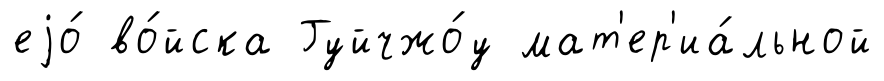
еjо́ во́йска Гуйчжо́у мат'ер'иа́льной